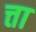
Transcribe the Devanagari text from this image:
त्ता